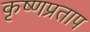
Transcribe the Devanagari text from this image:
कृष्णप्रताप